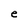
Character: e